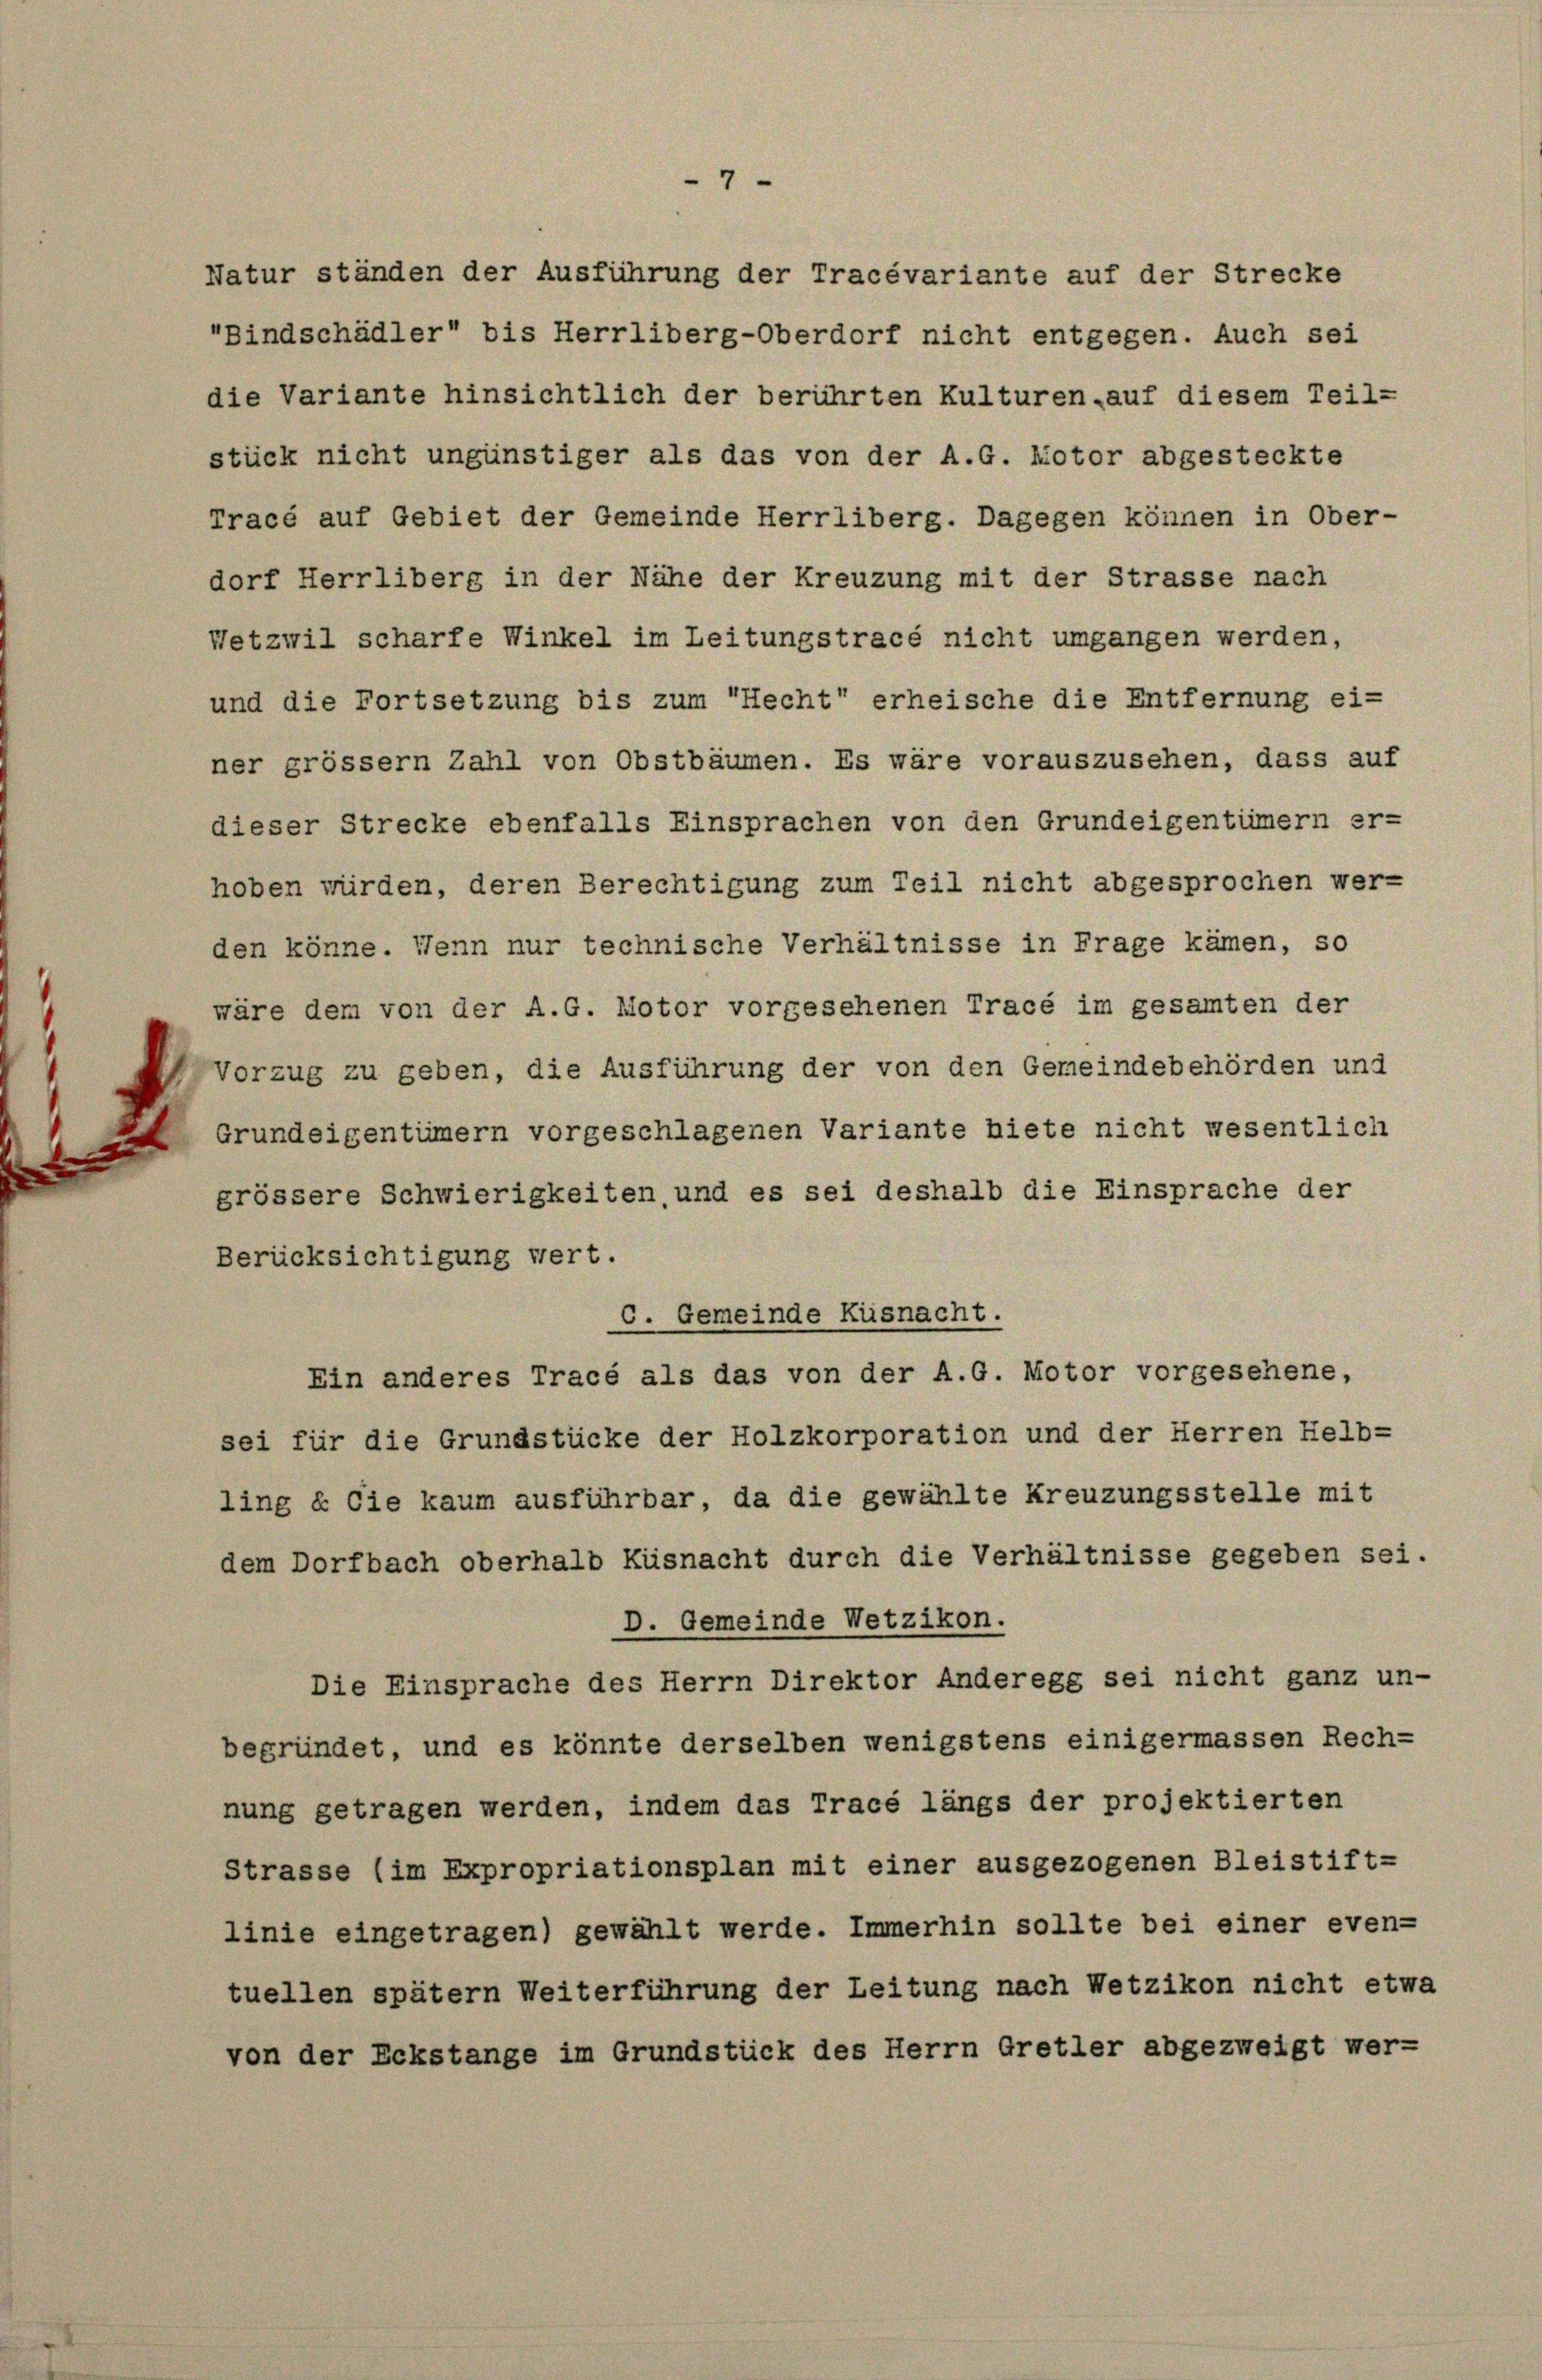
Natur ständen der Ausführung der Tracévariante auf der Strecke
Bindschädler“ bis Herrliberg-Oberdorf nicht entgegen. Auch sei
die Variante hinsichtlich der berührten Kulturen auf diesem Teil-
stück nicht ungünstiger als das von der A.G. Motor abgesteckte
Tracé auf Gebiet der Gemeinde Herrliberg. Dagegen können in Ober-
dorf Herrliberg in der Nähe der Kreuzung mit der Strasse nach
Netzwil scharfe Winkel im Leitungstracé nicht umgangen werden,
und die Fortsetzung bis zum Recht“ erheische die Entfernung einer grösser Zahl von Obstbäumen. Es wäre vorauszusehen, dass auf
dieser Strecke ebenfalls Einsprachen von den Grundeigentümern er-
hoben würden, deren Berechtigung zum Teil nicht abgesprochen wer-
den könne. Wenn nur technische Verhältnisse in Frage kämen, so
wäre dem von der A.G. Motor vorgesehenen Tracé im gesamten der
Vorzug zu geben, die Ausführung der von den Gemeindebehörden und
Grundeigentümern vorgeschlagenen Variante hiete nicht wesentlich
grössere Schwierigkeiten, und es sei deshalb die Einsprache der
Berücksichtigung wert.
C. Gemeinde Küsnacht.
Ein anderes Tracé als das von der A.G. Motor vorgesehene,
sei für die Grundstücke der Holzkorporation und der Herren Helb-
ling & Cie kaum ausführbar, da die gewählte Kreuzungsstelle mit
dem Dorfbach oberhalb Küsnacht durch die Verhältnisse gegeben sei.
D. Gemeinde Wetzikon.
Die Einsprache des Herrn Direktor Anderegg sei nicht ganz un-
begründet, und es könnte derselben wenigstens einigermassen Rech-
nung getragen werden, indem das Tracé längs der projektierten
Strasse (im Expropriationsplan mit einer ausgezogenen Bleistift-
linie eingetragen) gewählt werde. Immerhin sollte bei einer even-
tuellen spätem Weiterführung der Leitung nach Wetzikon nicht etwa
von der Eckstange im Grundstück des Herrn Gretler abgezweigt wer-